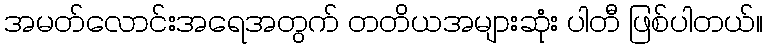
အမတ်လောင်းအရေအတွက် တတိယအများဆုံး ပါတီ ဖြစ်ပါတယ်။